Annual report on the mental hospital in the Central Provinces and Berar (Nagpur) - 1927-1951
Year: 1927
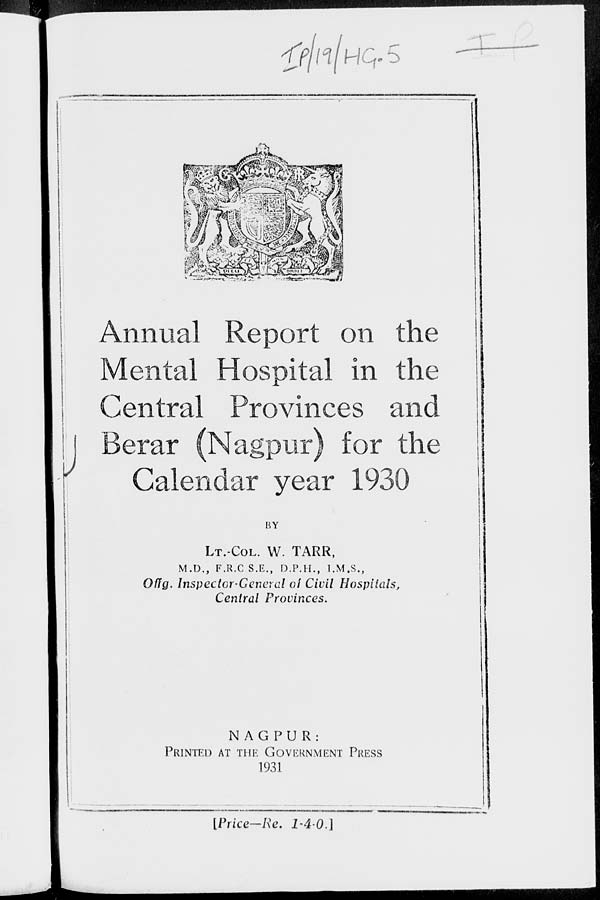
Annual Report on the
Mental Hospital in the
Central Provinces and
Berar (Nagpur) for the
Calendar year 1930
BY
LT.-COL. W. TARR,
M.D., F.R.C.S.E., D.P.H., I.M.S.,
Offg. Inspector-General of Civil Hospitals,
Central Provinces.
NAGPUR:
PRINTED AT THE GOVERNMENT PRESS
1931
[Price—Re. 1-4-0.]